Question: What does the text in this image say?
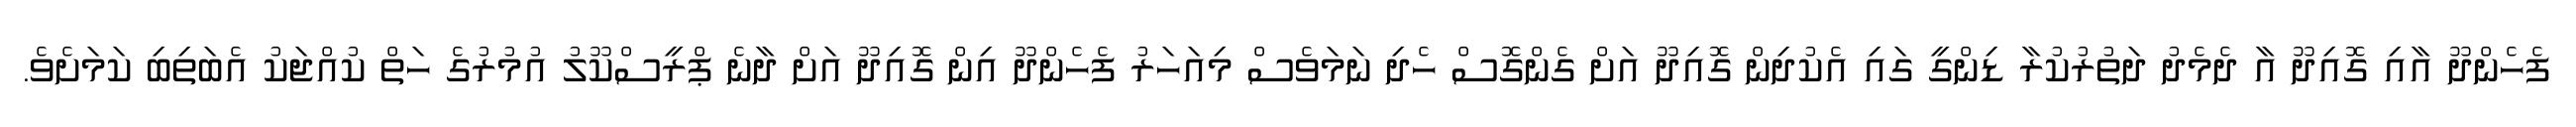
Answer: ފެހެންދޫ އާއި ގޮއިދޫ އާ ދެމެދު ދަތުރުކުރާ ޑިންގީ ގައި އެކުދިން ގޮއިދޫ އަށް ގެންގޮސް ހެދި ނަމަވެސް މިއަހަރު ފެހެންދޫ އިން ގޮއިދޫ އަށް ދާނެ ޕްރީސްކޫލު އުމުރުގެ ހަތް ކުއްޖަކު އެބަތިބި ކަމަށެވެ.